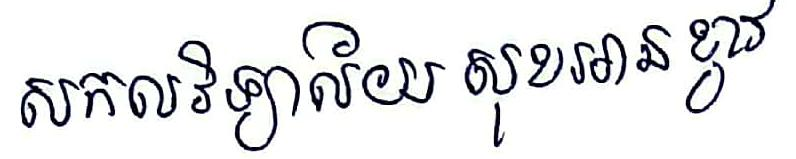
សកលវិទ្យាល័យ សុខអានខ្វាវ